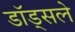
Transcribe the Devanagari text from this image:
डॉड्सले